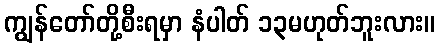
ကျွန်တော်တို့စီးရမှာ နံပါတ် ၁၃မဟုတ်ဘူးလား။